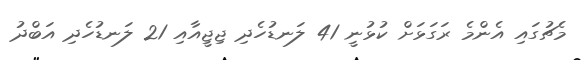
މެޗުގައި އެންމެ ރަގަޅަށް ކުޅުނީ 41 ލަނޑުހެދި ޖިޖީއާއި 21 ލަނޑުހެދި އަބްދު